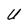
Character: U